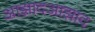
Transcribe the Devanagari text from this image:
आझादआझाद